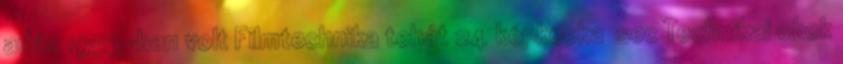
adás 1953-ban volt Filmtechnika tehát 24 képkocka sec Technikai okok